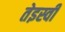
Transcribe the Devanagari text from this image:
तेइस्वीं